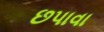
છપાવા